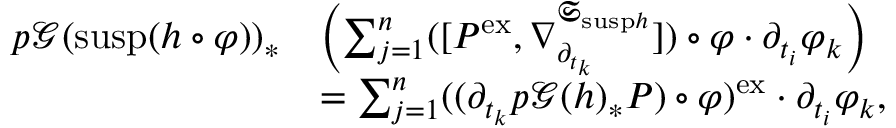
\begin{array} { r l } { p \mathcal { G } ( \mathrm { s u s p } ( h \circ \varphi ) ) _ { \ast } } & { \left( \sum _ { j = 1 } ^ { n } ( \lbrack P ^ { \mathrm { e x } } , \nabla _ { \partial _ { t _ { k } } } ^ { \mathfrak { S } _ { \mathrm { s u s p } h } } \rbrack ) \circ \varphi \cdot \partial _ { t _ { i } } \varphi _ { k } \right) } \\ & { = \sum _ { j = 1 } ^ { n } ( ( \partial _ { t _ { k } } p \mathcal { G } ( h ) _ { \ast } P ) \circ \varphi ) ^ { \mathrm { e x } } \cdot \partial _ { t _ { i } } \varphi _ { k } , } \end{array}